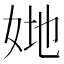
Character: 𡜤